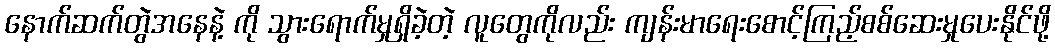
နောက်ဆက်တွဲအနေနဲ့ ကို သွားရောက်မှုရှိခဲ့တဲ့ လူတွေကိုလည်း ကျန်းမာရေးစောင့်ကြည့်စစ်ဆေးမှုပေးနိုင်ဖို့